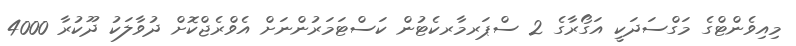
މިއިވެންޓްގެ މަގްސަދަކީ އަގޯރާގެ 2 ސްޕަރމާރކެޓުން ކަސްޓަމަރުންނަށް އެވްރެޖްކޮށް ދުވާލަކު ދޫކުރާ 4000